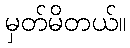
မှတ်မိတယ်။